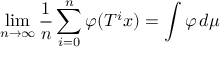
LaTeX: \operatorname* { l i m } _ { n \rightarrow \infty } { \frac { 1 } { n } } \sum _ { i = 0 } ^ { n } \varphi ( T ^ { i } x ) = \int \varphi \, d \mu